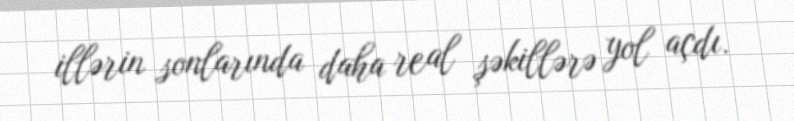
illərin sonlarında daha real şəkillərə yol açdı.